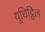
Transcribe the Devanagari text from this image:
युधिट्ठिल